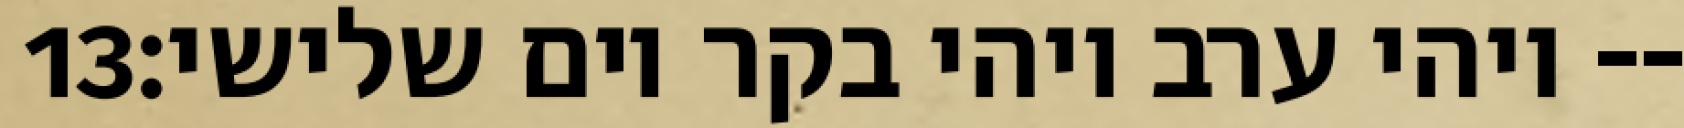
‎13‏ ויהי ערב ויהי בקר יום שלישי׃--